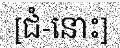
[ជំ-នោះ]